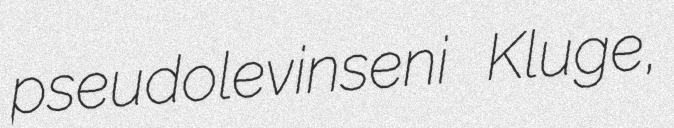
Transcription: pseudolevinseni Kluge,